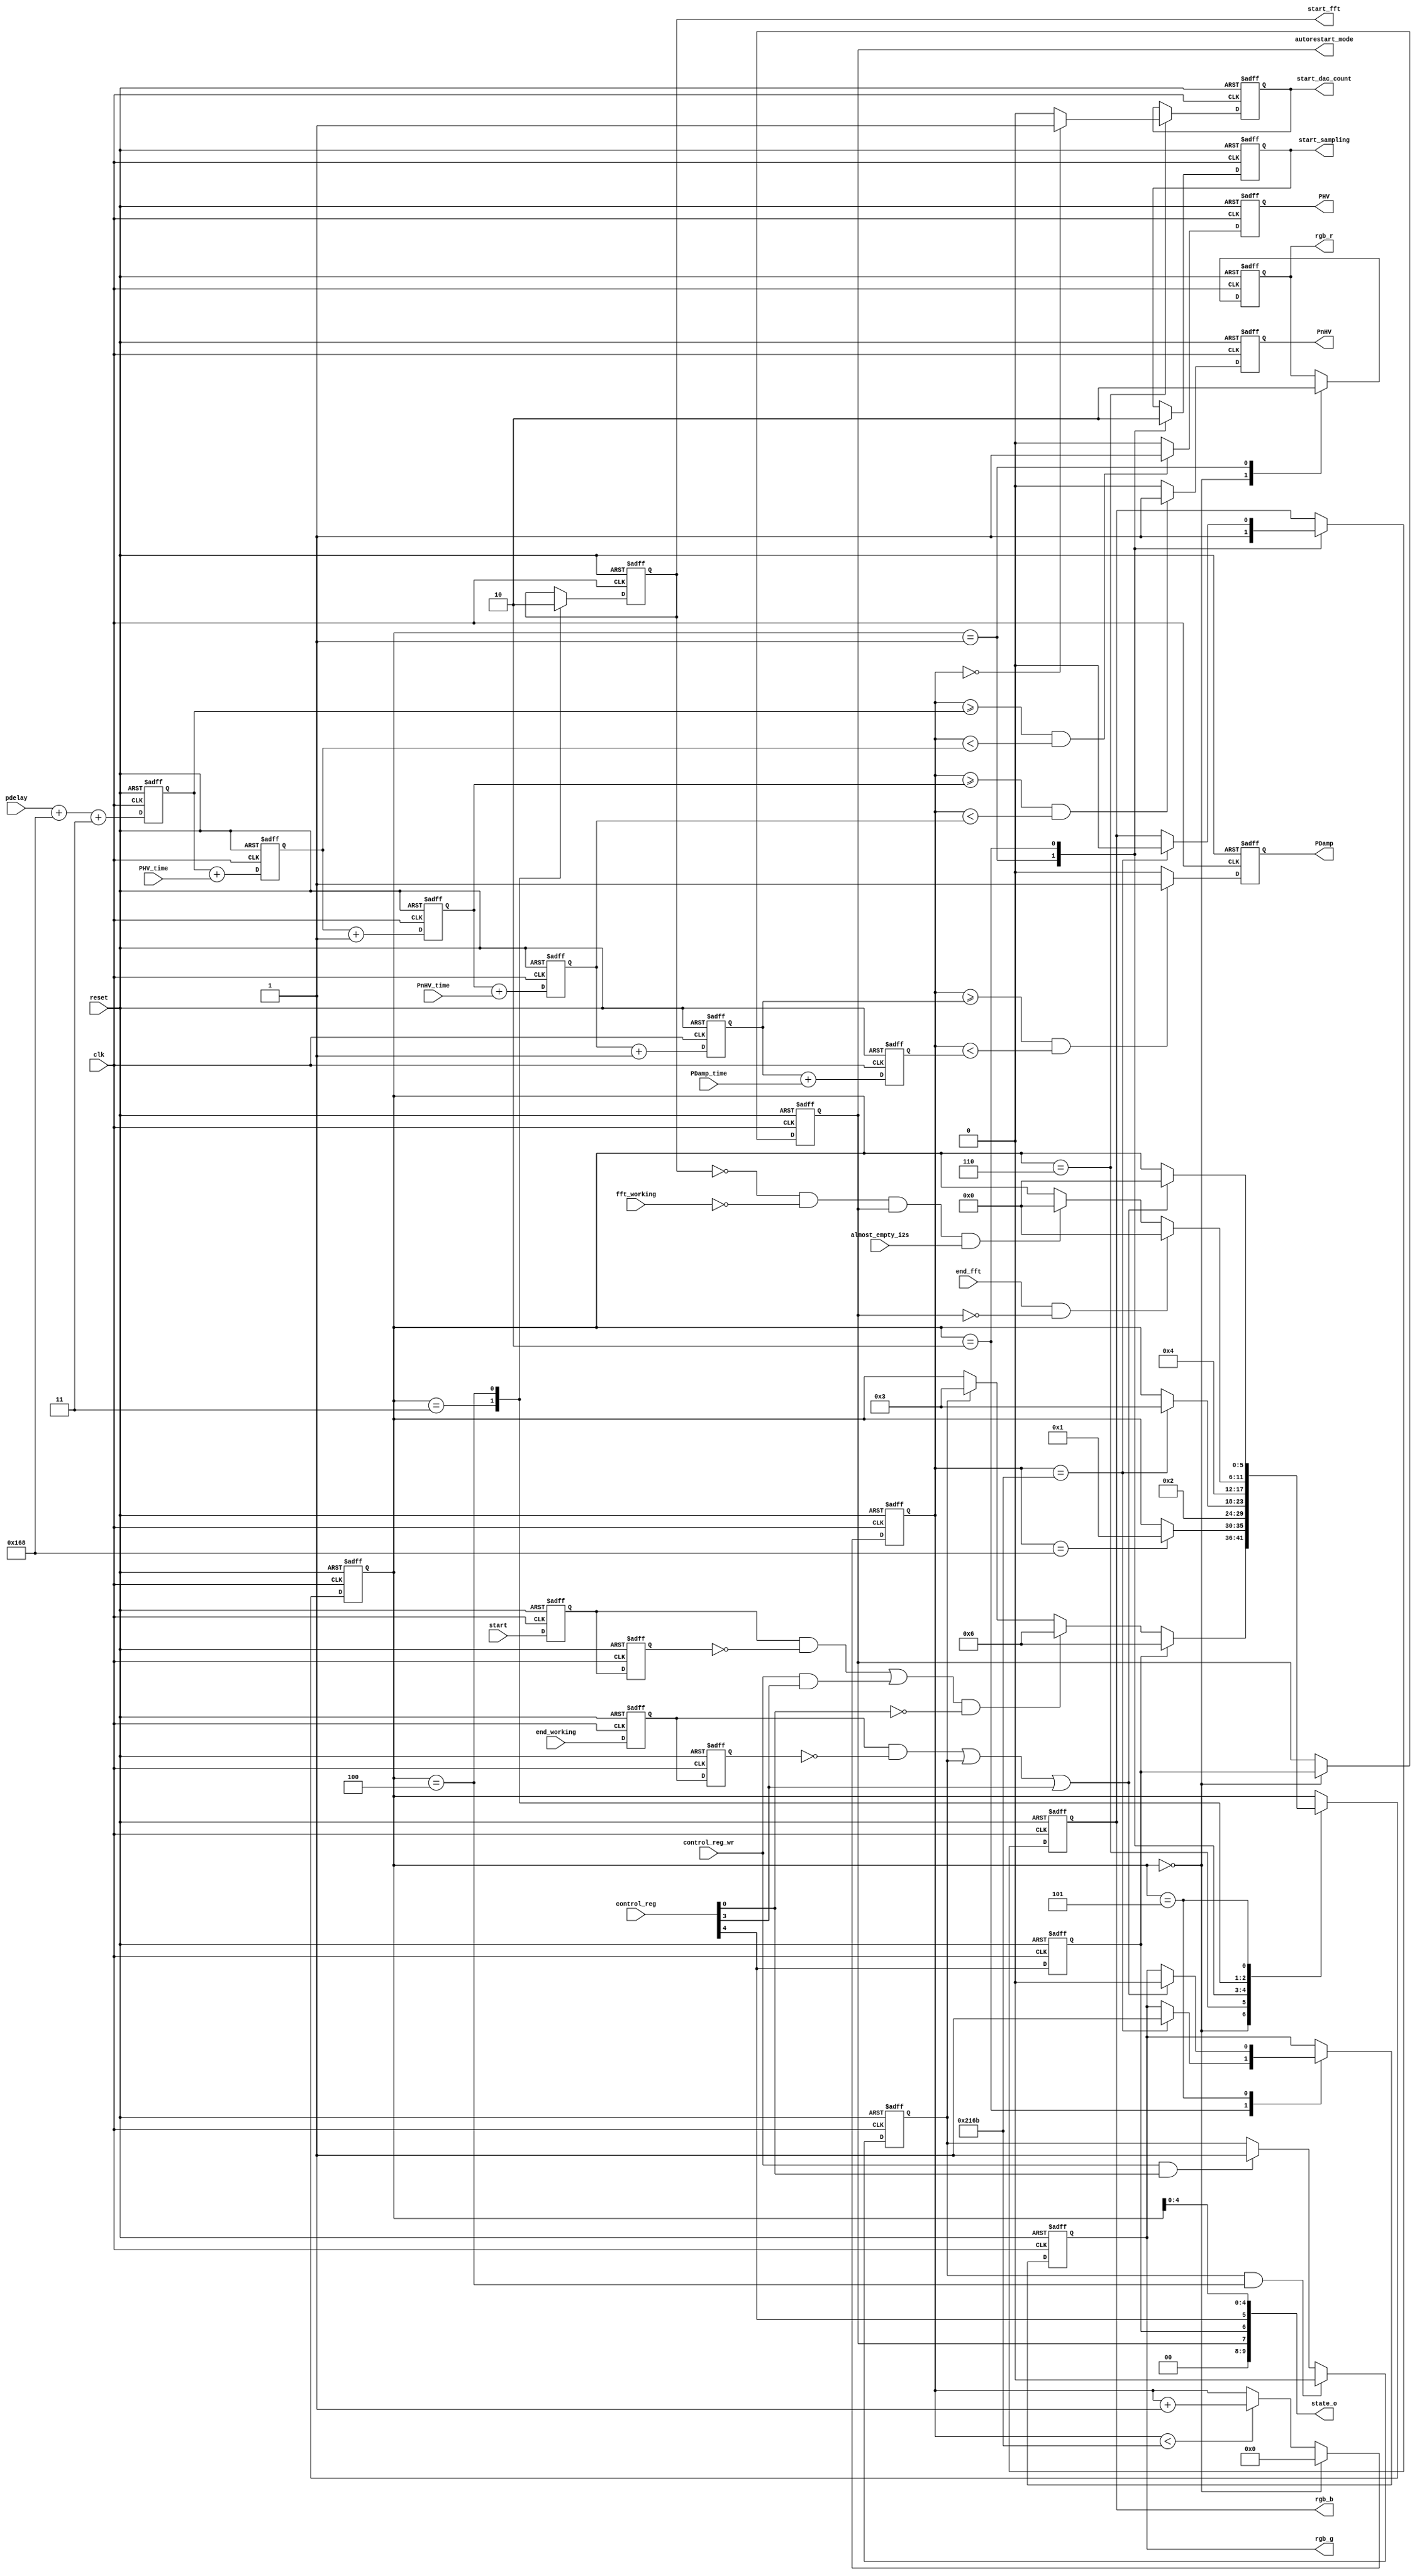
module main_fsm(
    input           clk,
    input           reset,
    input           start,
    input           end_working,
    input           end_fft,
    input           fft_working,
    input           control_reg_wr,
    input [31 : 0]  control_reg,
    input [15 : 0]  pdelay,
    input [15 : 0]  PHV_time,
    input [15 : 0]  PnHV_time,
    input [15 : 0]  PDamp_time,
    input           almost_empty_i2s,
    output reg      start_sampling,
    output reg      start_dac_count,
    output reg      start_fft,
    output reg      rgb_r,
    output reg      rgb_g,
    output reg      rgb_b,
    output reg      PHV,
    output reg      PnHV,
    output reg      PDamp,
    output reg      autorestart_mode,
    output wire [9:0]    state_o
);

    localparam p_state_idle = 0;
    localparam p_state_start_sampling = 1;
    localparam p_state_wait_end_sampling = 2;
    localparam p_state_start_fft = 3;
    localparam p_state_wait_end_fft = 4;
    localparam p_state_wait_finish = 5;
    localparam p_state_start_dac = 6;

    localparam p_samples = 8192;
    localparam p_dac_time = 360;

    reg [5:0] state;
    reg start_z;
    reg start_zz;
    reg [15:0] timer;
    reg end_working_z;
    reg end_working_zz;
    reg was_control_reg_wr;
    reg autorestart_mode_int;
    wire start_edge;
    wire end_working_edge;
    reg [15:0] pdamp_start;
    reg [15:0] pdamp_end;
    reg [15:0] pnhv_start;
    reg [15:0] pnhv_end;
    reg [15:0] phv_start;
    reg [15:0] phv_end;

    assign start_edge = start_z & ~start_zz;
    assign end_working_edge = end_working_z & ~end_working_zz;
    assign state_o = {autorestart_mode, autorestart_mode_int, control_reg[4], state[4:0]};

    always @(posedge clk or posedge reset) begin
        if (reset == 1) begin
            state                <= p_state_idle;
            start_z              <= 0;
            start_zz             <= 0;
            end_working_z        <= 0;
            end_working_zz       <= 0;
            rgb_r                <= 0;
            rgb_g                <= 0;
            rgb_b                <= 0;
            PHV                  <= 0;
            PnHV                 <= 0;
            PDamp                <= 0;
            start_sampling       <= 0;
            timer                <= -1;
            start_fft            <= 0;
            was_control_reg_wr   <= 0;
            autorestart_mode     <= 0;
            autorestart_mode_int <= 0;
            start_dac_count      <= 0;
            pdamp_start          <= 0;
            pdamp_end            <= 0;
            pnhv_start           <= 0;
            pnhv_end             <= 0;
            phv_start            <= 0;
            phv_end              <= 0;
        end else begin
            start_zz <= start_z;
            start_z <= start;
            end_working_zz <= end_working_z;
            end_working_z <= end_working;

            if (timer < p_samples + p_dac_time + 3) begin
                timer <= timer + 1;
            end

            // if (was_control_reg_wr == 1 && state == p_state_wait_finish) begin
            // if (was_control_reg_wr == 1 && state == p_state_idle) begin
            if (was_control_reg_wr == 1 && state == p_state_wait_end_fft) begin
                was_control_reg_wr <= 0;
            end else if (control_reg_wr == 1 && control_reg[0] == 1) begin
                was_control_reg_wr <= 1;
            end
            
            phv_start <= pdelay + p_dac_time + 3;
            phv_end <= phv_start + PHV_time;
            pnhv_start <= phv_end + 1;
            pnhv_end <= pnhv_start + PnHV_time;
            pdamp_start <= pnhv_end + 1;
            pdamp_end <= pdamp_start + PDamp_time;

            PHV   <= (timer >= phv_start   && timer < phv_end)   ? 1'b1 : 1'b0;
            PnHV  <= (timer >= pnhv_start  && timer < pnhv_end)  ? 1'b1 : 1'b0;
            PDamp <= (timer >= pdamp_start && timer < pdamp_end) ? 1'b1 : 1'b0;

            
            // if (control_reg_wr == 1) begin
                autorestart_mode_int <= control_reg[4];
            // end

            case (state)
                p_state_idle : begin
                    rgb_r <= 1;
                    timer <= 0;

                    autorestart_mode <= autorestart_mode_int;
                    if (autorestart_mode_int == 1) begin
                        state <= p_state_start_dac;
                        // state <= 1;
                    end else begin
                        if ((start_edge == 1 || (control_reg_wr == 1 && control_reg[3] == 1)) && control_reg[0] == 0) begin
                            state <= p_state_start_dac;
                        end else if (was_control_reg_wr) begin
                            state <= p_state_start_fft;
                        end
                    end
                end

                p_state_start_dac : begin
                    if (timer == 0) begin
                        start_dac_count <= 1;
                    end else begin
                        start_dac_count <= 0;
                    end
                    if (timer == p_dac_time) begin
                        state <= p_state_start_sampling;
                    end
                end

                p_state_start_sampling : begin
                    rgb_r <= 0;
                    rgb_b <= 1;
                    start_sampling <= 1;
                    state <= p_state_wait_end_sampling;
                end

                p_state_wait_end_sampling : begin
                    start_sampling <= 0;
                    if (timer == p_samples + p_dac_time + 3) begin
                        rgb_b <= 0;
                        rgb_g <= 1;
                        state <= p_state_start_fft;
                    end
                end

                p_state_start_fft : begin
                    start_fft <= 1;
                    state <= p_state_wait_end_fft;
                end

                p_state_wait_end_fft : begin
                    start_fft <= 0;
                    if (end_fft == 1 && autorestart_mode == 0) begin
                        // state <= p_state_wait_finish;
                        state <= p_state_idle;
                    end else if (start_fft == 0 && fft_working == 0 && autorestart_mode == 1 && almost_empty_i2s == 1) begin
                        state <= p_state_idle;
                    end
                end

                p_state_wait_finish : begin
                    if (end_working_edge == 1 || was_control_reg_wr == 1 || control_reg[3] == 1) begin
                    // if (end_working_edge == 1 || was_control_reg_wr == 1 || (control_reg_wr == 1 && control_reg[3] == 1 && control_reg[0] == 0)) begin
                        rgb_g <= 0;
                        state <= p_state_idle;
                    end
                end

                // default : begin
                //     state <= p_state_idle;
                // end

            endcase
        end
    end

endmodule